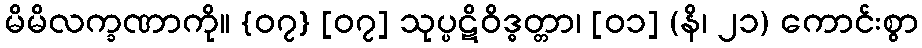
မိမိလက္ခဏာကို။ {၀၇} [၀၇] သုပ္ပဋိဝိဒ္ဓတ္တာ၊ [၀၁] (နိ၊ ၂၁) ကောင်းစွာ